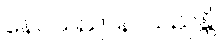
နေဝသညာနာသညန္တိ